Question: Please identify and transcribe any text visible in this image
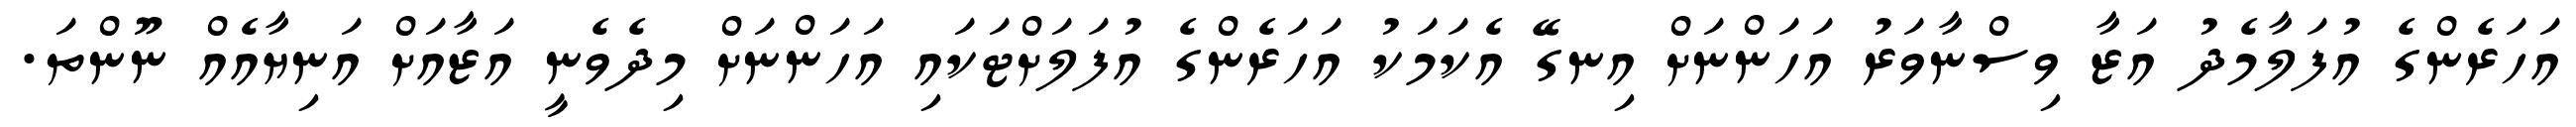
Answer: އަހަރެންގެ އުފަލާމެދު އަޒާ ވިސްނާވަރު އަހަންނަށް އިނގޭ އެކަމަކު އަހަރެންގެ އުފަލަށްޓަކައި އަހަންނަށް މިދެވެނީ އަޒާއަށް އަނިޔާއެއް ނޫންތަ.